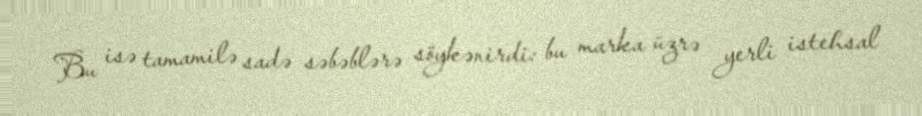
Bu isə tamamilə sadə səbəblərə söykənirdi: bu marka üzrə yerli istehsal